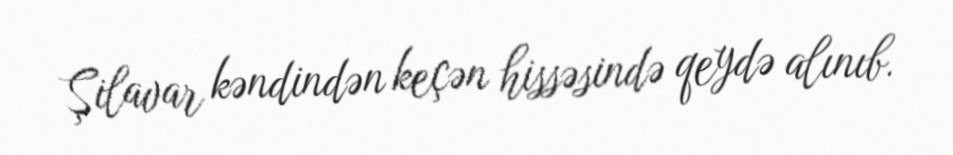
Şilavar kəndindən keçən hissəsində qeydə alınıb.